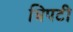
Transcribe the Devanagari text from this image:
त्रिपटी